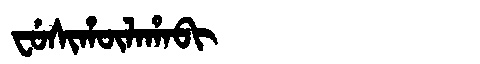
Manchu: ᠸᡠᠰᡳᡥᡡᠯᠠᡥᠠᠪᡳ
Romanization: FUSIHŪLAHABI